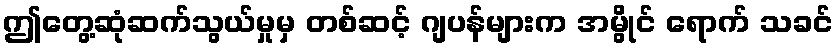
ဤတွေ့ဆုံဆက်သွယ်မှုမှ တစ်ဆင့် ဂျပန်များက အမွိုင် ရောက် သခင်